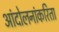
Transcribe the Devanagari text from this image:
आंदोलनांकरिता